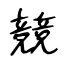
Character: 競